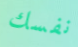
نفسك